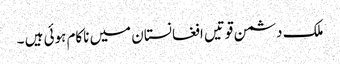
ملک دشمن قوتیں افغانستان میں ناکام ہوئی ہیں ۔